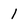
Character: I